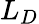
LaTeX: L_{D}